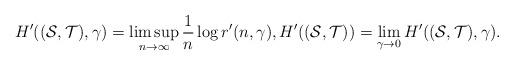
LaTeX: \begin{align*}H'((\mathcal{S},\mathcal{T}),\gamma)=\limsup_{n\rightarrow\infty}\frac{1}{n}\log r'(n,\gamma),H'((\mathcal{S},\mathcal{T}))=\lim_{\gamma\rightarrow 0}H'((\mathcal{S},\mathcal{T}),\gamma).\end{align*}